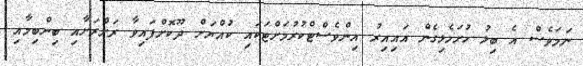
ނަމަވެސް އެ ބިލު ހުށަހެޅިގެން އައިއިރު އިންވެސްޓްކުރުމަށްޓަކައި ކުއްޔަށް ދޫކޮށްފައިވާ ރަށްރަށާއި ބިންބިމާއި